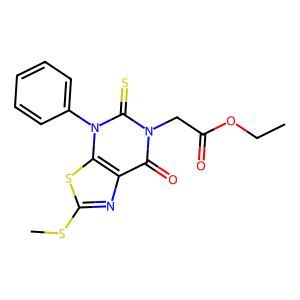
SMILES: CCOC(=O)Cn1c(=O)c2nc(SC)sc2n(-c2ccccc2)c1=S
Inhibits HIV replication: No